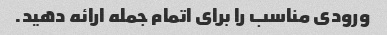
ورودی مناسب را برای اتمام جمله ارائه دهید.